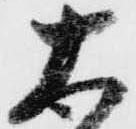
太